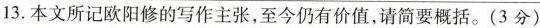
13.本文所记欧阳修的写作主张，至今仍有价值，请简要概括。(3分)